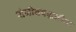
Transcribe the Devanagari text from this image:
संगीतपद्धतीला